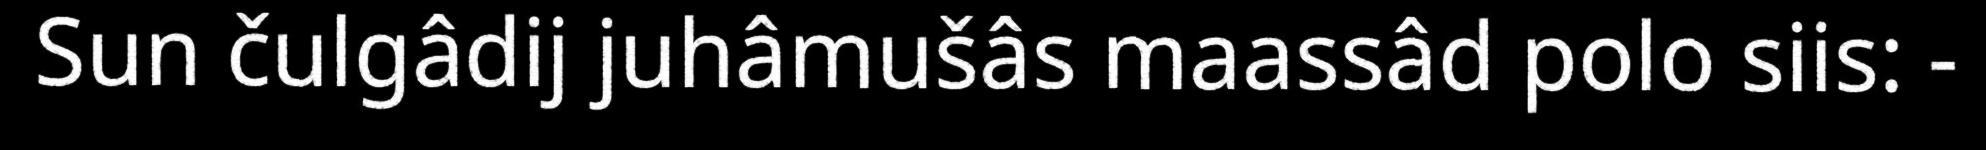
Sun čulgâdij juhâmušâs maassâd polo siis: -